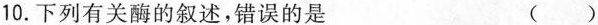
10.下列有关酶的叙述，错误的是 ( )